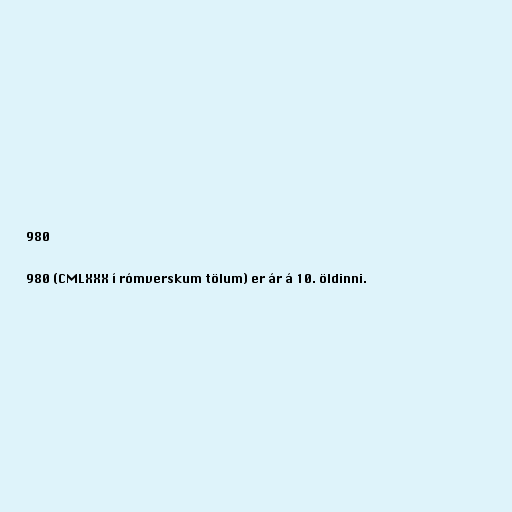
980

980 (CMLXXX í rómverskum tölum) er ár á 10. öldinni.